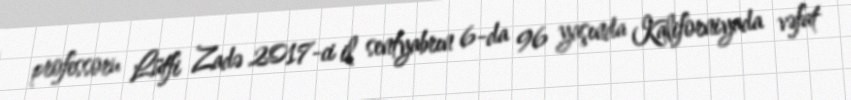
professoru Lütfi Zadə 2017-ci il sentyabrın 6-da 96 yaşında Kaliforniyada vəfat